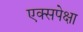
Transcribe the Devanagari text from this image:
एक्सपेक्षा